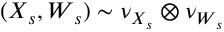
( \boldsymbol { X } _ { s } , \boldsymbol { W } _ { s } ) \sim \nu _ { \boldsymbol { X } _ { s } } \otimes \nu _ { \boldsymbol { W } _ { s } }